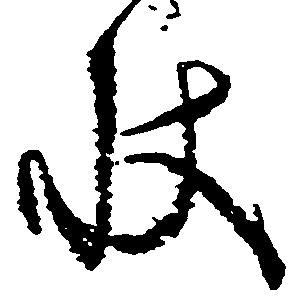
状